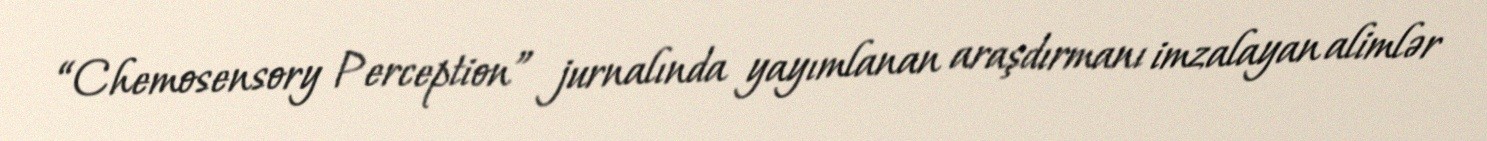
“Chemosensory Perception” jurnalında yayımlanan araşdırmanı imzalayan alimlər